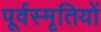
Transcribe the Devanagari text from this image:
पूर्वस्मृतियों